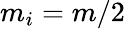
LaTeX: m_{i}=m/2